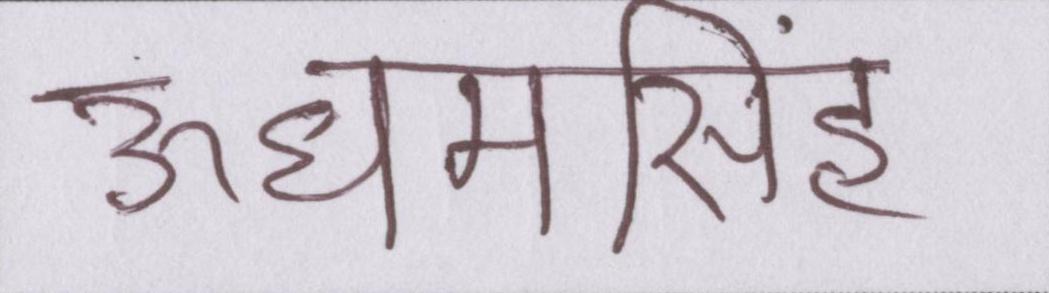
ऊधमसिंह